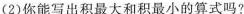
(2)你能写出积最大和积最小的算式吗?